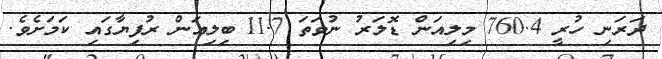
ދަރަނި ހުރީ 760.4 މިލިއަން ޑޮލަރު ނުވަތަ 11.7 ބިލިއަން ރުފިޔާގައި ކަމަށެވެ.